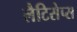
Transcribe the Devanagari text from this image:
लैटिसेप्स